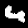
Digit: 4